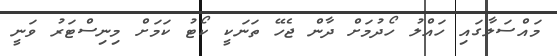
މައްސަލާގައި ހައްލު ހޯދުމަށް ދާން ޖެހޭ ތަނަކީ ކޯޓު ކަމަށް މިނިސްޓަރު ވަނީ